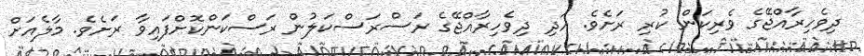
ދިވެހިރާއްޖޭގެ ވެރިކަން ކުރި ރަށެވެ. އަދި ދިވެހިރާއްޖޭގެ ރަސްރަސްކަލުން ރަސްކަންކޮށްފައިވާ ރަށެވެ. މާލެއަށް